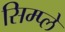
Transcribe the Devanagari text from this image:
सिम्प्ले